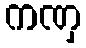
ကဏှ